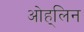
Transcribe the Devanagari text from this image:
ओह्‌लिन